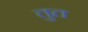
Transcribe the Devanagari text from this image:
तुत